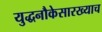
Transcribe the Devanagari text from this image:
युद्धनौकेसारख्याच